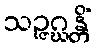
သဉ္ဇဂ္ဃန္တိံ